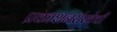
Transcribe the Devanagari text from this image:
प्रकाशनसंस्थेची